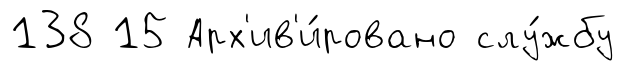
138 15 Арх'ив'и́ровано слу́жбу